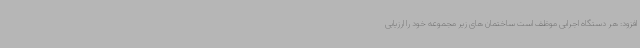
افزود: هر دستگاه اجرایی موظف است ساختمان های زیر مجموعه خود را ارزیابی